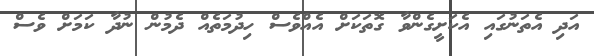
އަދި އެތަނުގައި އެކަށީގެންވާ ގޮތަކަށް އެއްވެސް ހިދުމަތެއް ދެމުން ނުދާ ކަމަށް ވެސް